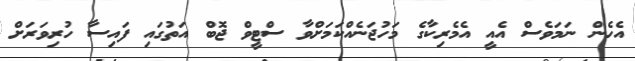
އެހެން ނަމަވެސް އެއީ އެމެރިކާގެ މަހުޖަނެއްކަމަށްވާ ސްޓީވް ޖޮބް އަތުގައި ފައިސާ ހުރިވަރަށް